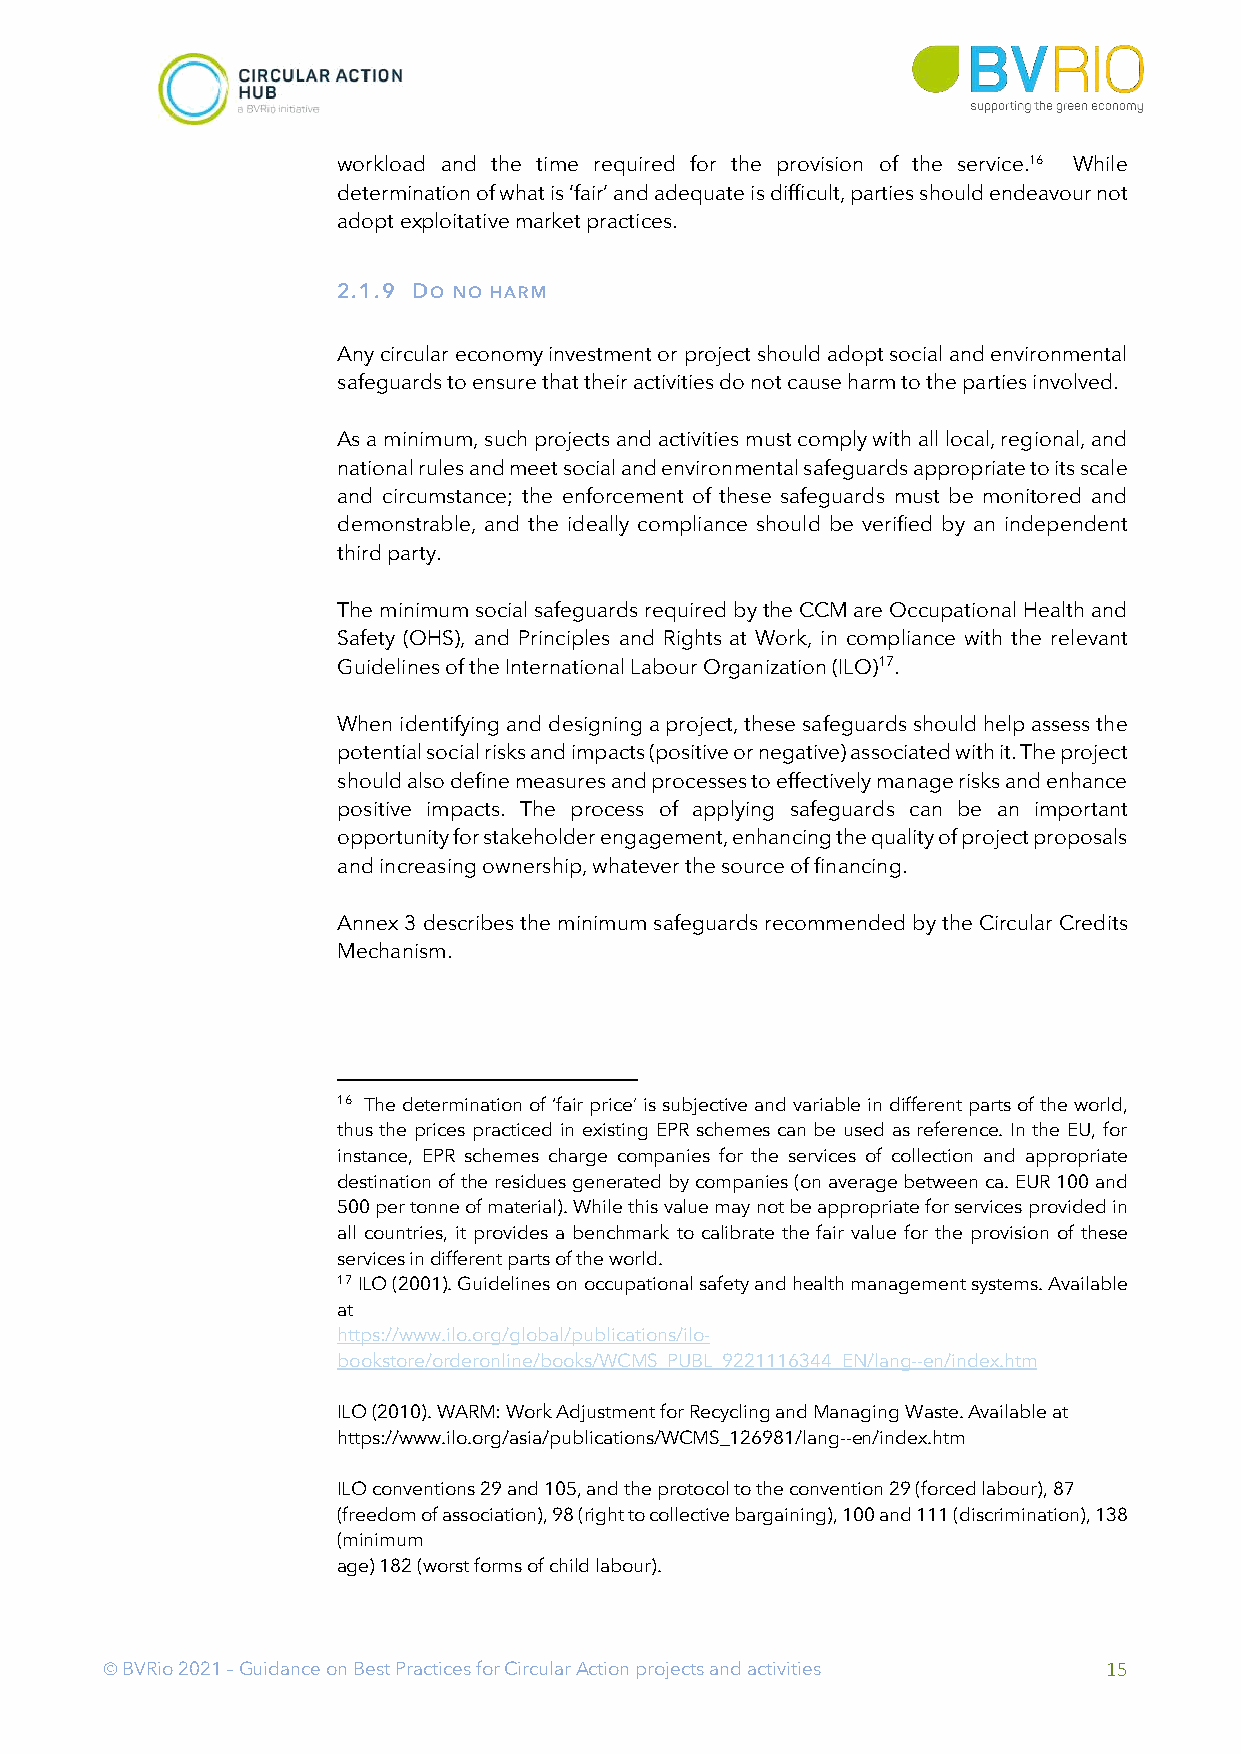
workload and the time required for the provision of the service.16 While
 determination of what is ‘fair’ and adequate is difficult, parties should endeavour not
 adopt exploitative market practices.
 2.1.9 DO NO HARM
 Any circular economy investment or project should adopt social and environmental
 safeguards to ensure that their activities do not cause harm to the parties involved.
 As a minimum, such projects and activities must comply with all local, regional, and
 national rules and meet social and environmental safeguards appropriate to its scale
 and circumstance; the enforcement of these safeguards must be monitored and
 demonstrable, and the ideally compliance should be verified by an independent
 third party.
 The minimum social safeguards required by the CCM are Occupational Health and
 Safety (OHS), and Principles and Rights at Work, in compliance with the relevant
 Guidelines of the International Labour Organization (ILO)17.
 When identifying and designing a project, these safeguards should help assess the
 potential social risks and impacts (positive or negative) associated with it. The project
 should also define measures and processes to effectively manage risks and enhance
 positive impacts. The process of applying safeguards can be an important
 opportunity for stakeholder engagement, enhancing the quality of project proposals
 and increasing ownership, whatever the source of financing.
 Annex 3 describes the minimum safeguards recommended by the Circular Credits
 Mechanism.
 16 The determination of ‘fair price’ is subjective and variable in different parts of the world,
 thus the prices practiced in existing EPR schemes can be used as reference. In the EU, for
 instance, EPR schemes charge companies for the services of collection and appropriate
 destination of the residues generated by companies (on average between ca. EUR 100 and
 500 per tonne of material). While this value may not be appropriate for services provided in
 all countries, it provides a benchmark to calibrate the fair value for the provision of these
 services in different parts of the world.
 17 ILO (2001). Guidelines on occupational safety and health management systems. Available
 at
 https://www.ilo.org/global/publications/ilo-
 bookstore/orderonline/books/WCMS_PUBL_9221116344_EN/lang--en/index.htm
 ILO (2010). WARM: Work Adjustment for Recycling and Managing Waste. Available at
 https://www.ilo.org/asia/publications/WCMS_126981/lang--en/index.htm
 ILO conventions 29 and 105, and the protocol to the convention 29 (forced labour), 87
 (freedom of association), 98 (right to collective bargaining), 100 and 111 (discrimination), 138
 (minimum
 age) 182 (worst forms of child labour).
 Ó BVRio 2021 – Guidance on Best Practices for Circular Action projects and activities 15